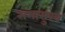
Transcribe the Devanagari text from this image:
समासुख